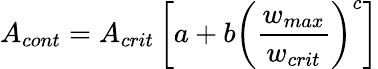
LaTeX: A_{cont}=A_{crit}\left[a+b\left(\frac{w_{max}}{w_{crit}}\right)^{c}\right]